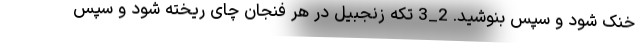
خنک شود و سپس بنوشید. 2_3 تکه زنجبیل در هر فنجان چای ریخته شود و سپس